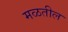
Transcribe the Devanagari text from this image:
मळतील